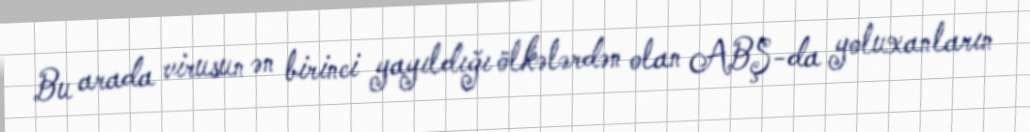
Bu arada virusun ən birinci yayıldığı ölkələrdən olan ABŞ-da yoluxanların